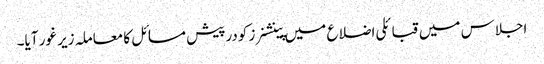
اجلاس میں قبائلی اضلاع میں پینشنرز کودرپیش مسائل کا معاملہ زیر غور آیا۔